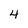
Character: 4